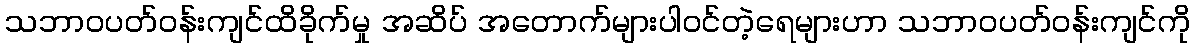
သဘာဝပတ်ဝန်းကျင်ထိခိုက်မှု အဆိပ် အတောက်များပါဝင်တဲ့ရေများဟာ သဘာဝပတ်ဝန်းကျင်ကို